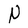
Character: N